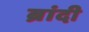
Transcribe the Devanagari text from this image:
ब्रांदी